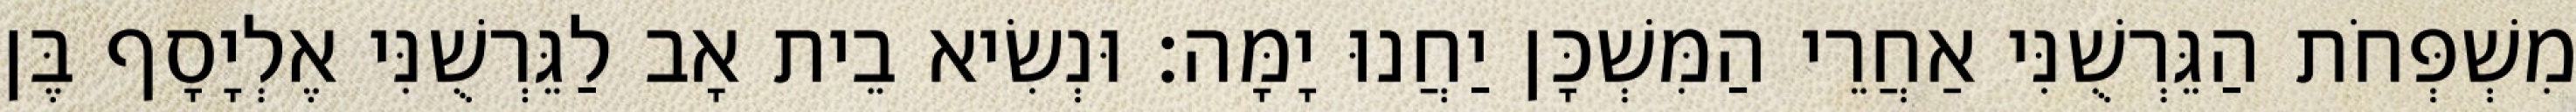
מִשְׁפְּחֹת הַגֵּרְשֻׁנִּי אַחֲרֵי הַמִּשְׁכָּן יַחֲנוּ יָמָּה׃ וּנְשִׂיא בֵית אָב לַגֵּרְשֻׁנִּי אֶלְיָסָף בֶּן